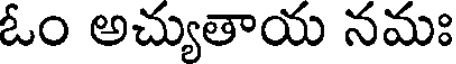
ఓం అచ్యుతాయ నమః